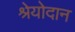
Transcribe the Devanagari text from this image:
श्रेयोदान